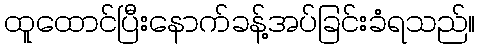
ထူထောင်ပြီးနောက်ခန့်အပ်ခြင်းခံရသည်။